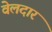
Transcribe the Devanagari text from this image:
वेलदार